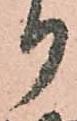
り